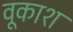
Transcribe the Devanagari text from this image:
वूकाश